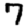
Digit: 7